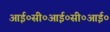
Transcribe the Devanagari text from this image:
आई०सी०आई०सी०आई०